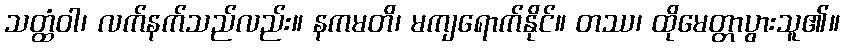
သတ္ထံဝါ၊ လက်နက်သည်လည်း။ နကမတိ၊ မကျရောက်နိုင်။ တဿ၊ ထိုမေတ္တာပွားသူ၏။